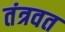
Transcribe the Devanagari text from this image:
तंत्रवत